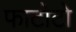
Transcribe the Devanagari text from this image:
फाटोटो